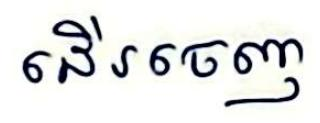
ដើរចេញ